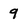
Character: 9